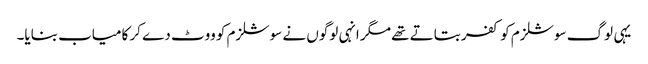
یہی لوگ سوشلزم کو کفر بتاتے تھے مگر انہی لوگوں نے سوشلزم کو ووٹ دے کر کامیاب بنایا۔